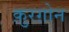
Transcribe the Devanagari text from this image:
क़ुरग़ोन